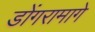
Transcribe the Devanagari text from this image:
डोंगरामागे